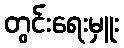
တွင်းရေးမှူး